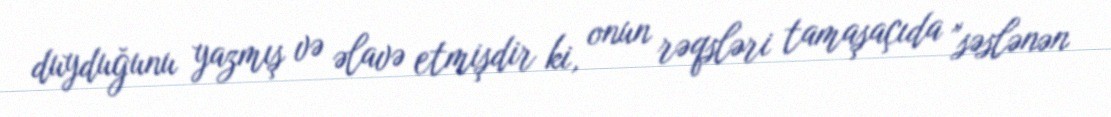
duyduğunu yazmış və əlavə etmişdir ki, onun rəqsləri tamaşaçıda "səslənən